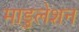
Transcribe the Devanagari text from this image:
माडुलेशन